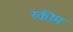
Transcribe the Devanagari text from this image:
रकीम